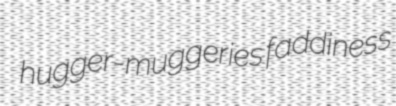
hugger-muggeries faddiness